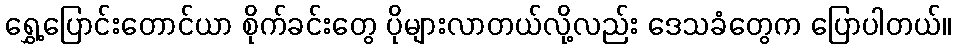
ရွှေ့ပြောင်းတောင်ယာ စိုက်ခင်းတွေ ပိုများလာတယ်လို့လည်း ဒေသခံတွေက ပြောပါတယ်။